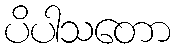
ပိပါသတော